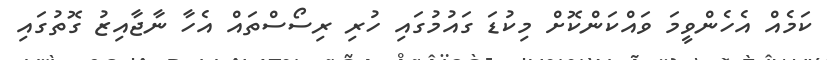
ކަމެއް އެހެންވީމަ ވައްކަންކޮށް މިކުޑަ ގައުމުގައި ހުރި ރިސޯސްތައް އެހާ ނާޖާއިޒު ގޮތުގައި